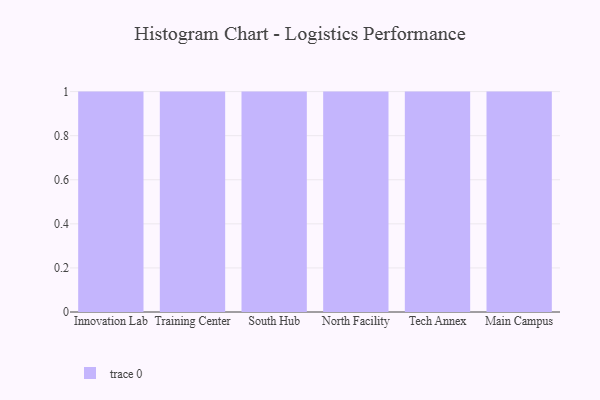
{"axis": {"x": "Campus", "y": "Page Views"}, "legend": [""], "data": [{"x": "Innovation Lab", "y": 37, "type": ""}, {"x": "Training Center", "y": 62, "type": ""}, {"x": "South Hub", "y": 21, "type": ""}, {"x": "North Facility", "y": 9, "type": ""}, {"x": "Tech Annex", "y": 81, "type": ""}, {"x": "Main Campus", "y": 52, "type": ""}]}